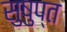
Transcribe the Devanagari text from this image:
सुषुप्‍त